Report on lock hospitals in British Burma
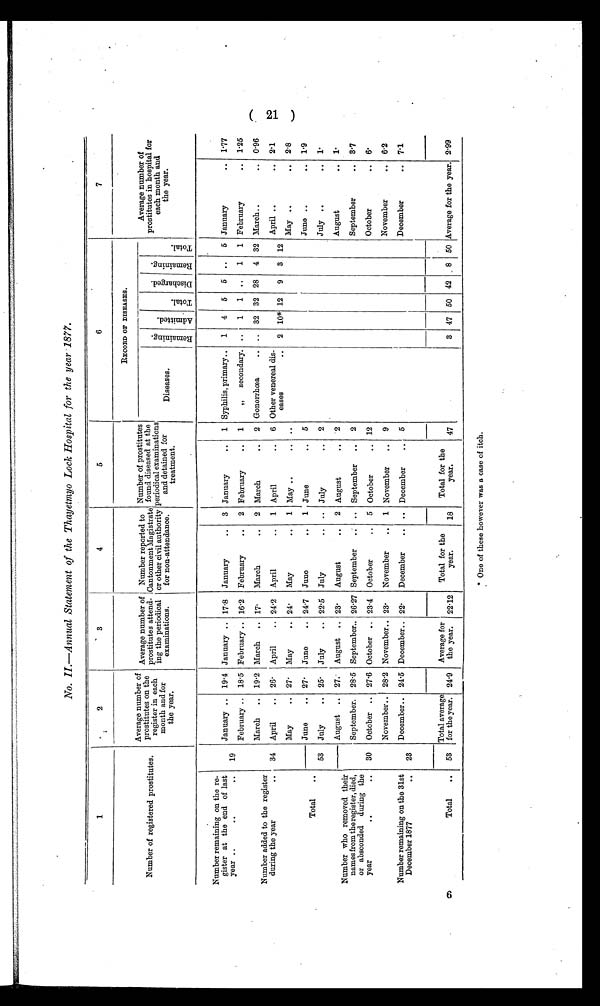
No. II.—Annual Statement of the Thayetmyo Lock Hospital for the year 1877.
1
2
3
4
5
6
7
Number of registered prostitutes.
Average number of
prostitutes on the
r e gi s t e r i n e a c h
month and for
the year.
Average number of
prostitutes attend
.
ing the periodical
examinations.
Number reported to
Cantonment Magistrate
or other civil authority
for non-attendance.
Number of prostitutes
found diseased at the
periodical examinations
and detained for
treatment.
RECORD OF DISEASES.
Diseases.
R e m a i n i n g .
Ad mi t t e d .
T o t a l .
D i s c h a r g e d .
R e m a i n i n g .
T o t a l .
Average number of
prostitutes in hospital for
each month and
the year.
Number remaining on the re-
gister at the end of last
year ..
.. ..
19
January .. 19.4 January .. 17.8 January
..
3 January
..
1 Syphilis, primary..
1
4
5
5 ..
5 January
.. 1.77
February .. 18.5 February .. 16.2 February
..
2 February
..
1
„ secondary. ..
1
1 ..
1
1 February
..
1.25
March .. 19.2 March .. 17
March
..
2 March
..
2 Gonorrhœa
.. .. 32 32 28
4 32 March..
.. 0.96
Number added to the register
during the year
..
34 April
.. 26. April
.. 24.2 April
..
1 April
..
6 Other venereal dis-
eases
.. 2 10* 12
9
3 12
April ..
.. 2.1
Total
..
May
.. 27. May
.. 24.
May
..
1 May ..
..
..
May ..
.. 2.8
June
.. 27. June
.. 24.7 June
..
1 June
..
5
June ..
.. 1.9
53 July
.. 25. July
.. 22.5 July
.. .. July
.
2
July ..
.. 1.
Number who removed their
names from the register, died,
or absconded during the
year
.. ..
August .. 27.. August .. 23.
August
. . 2 August
..
2
August
.. 1.
-
30
September. 28.5 September.. 26.27 September
.. .. September
..
2
September
.. 3.7
October .. 27.6 October .. 23.4 October
.. 5 October
.. 12
October
.. 6.
Number remaining on the 31st
December 1877
..
23
November.. 28. 2 November.. 23.
November
.. 1 November
..
9
November
.. 6.2
December.. 24.5 December.. 22.
December
.. .. December
.. 5
December
. . 7.1
Total average
for the year.
Average for
the year.
Total for the
year.
Total for the
year.
Average for the year.
24.9
47
3 47 50 42
50
2.99
22.12
18
Total
..
-
53
* One of these however was a case of itch.
(21)